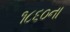
૧૮૬૦ના